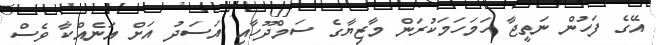
އޭގެ ފަހުން ނަތީޖާ ހަމަހަމަކުރަން މާޒިޔާގެ ސަމްދޫހާއި އަސަދު އަށް އަނެއްކާ ވެސް